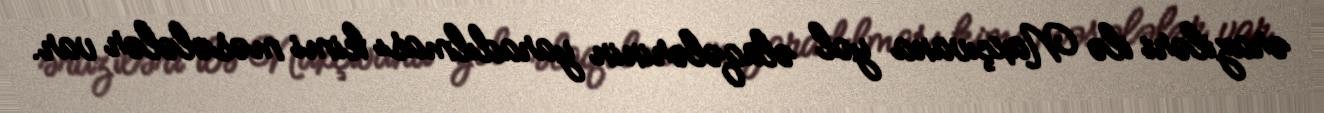
əraziləri ilə Naxçıvana yol əlaqələrinin yaradılması kimi məsələlər var.